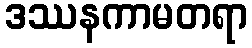
ဒဿနကာမတရာ